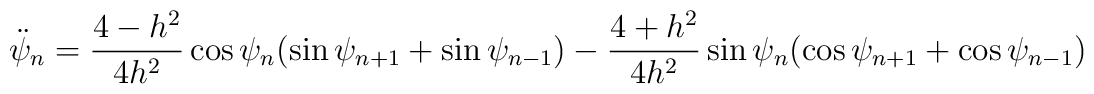
\ddot{\psi}_{n}=\frac{4-h^{2}}{4h^{2}}\cos\psi_{n}(\sin\psi_{n+1}+\sin\psi_{n-1})-\frac{4+h^{2}}{4h^{2}}\sin\psi_{n}(\cos\psi_{n+1}+\cos\psi_{n-1})